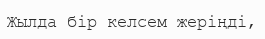
Жылда бір келсем жеріңді,